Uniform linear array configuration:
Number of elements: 16
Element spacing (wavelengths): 0.5
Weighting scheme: exponential
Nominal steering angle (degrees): -45
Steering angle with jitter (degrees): -45.519
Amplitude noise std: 0.05
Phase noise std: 0.05

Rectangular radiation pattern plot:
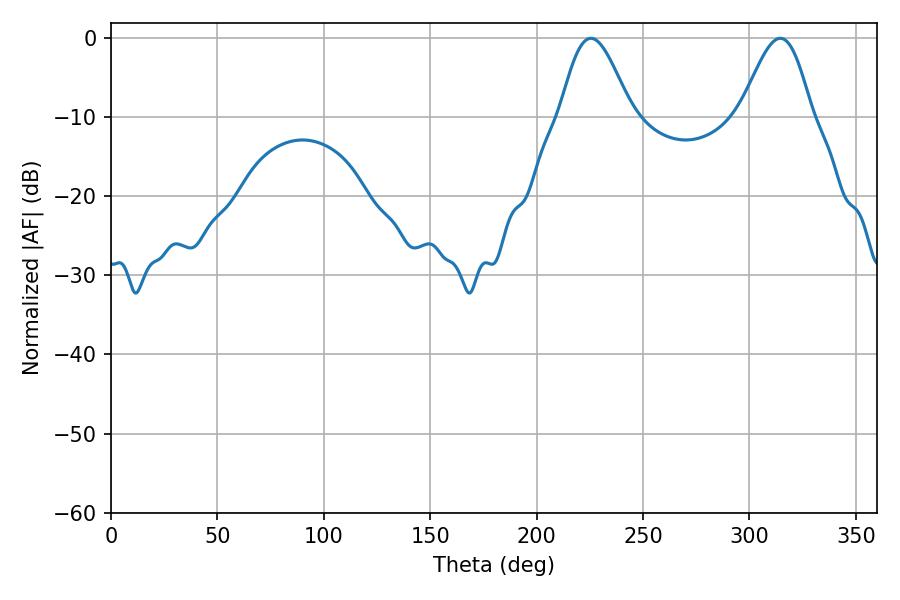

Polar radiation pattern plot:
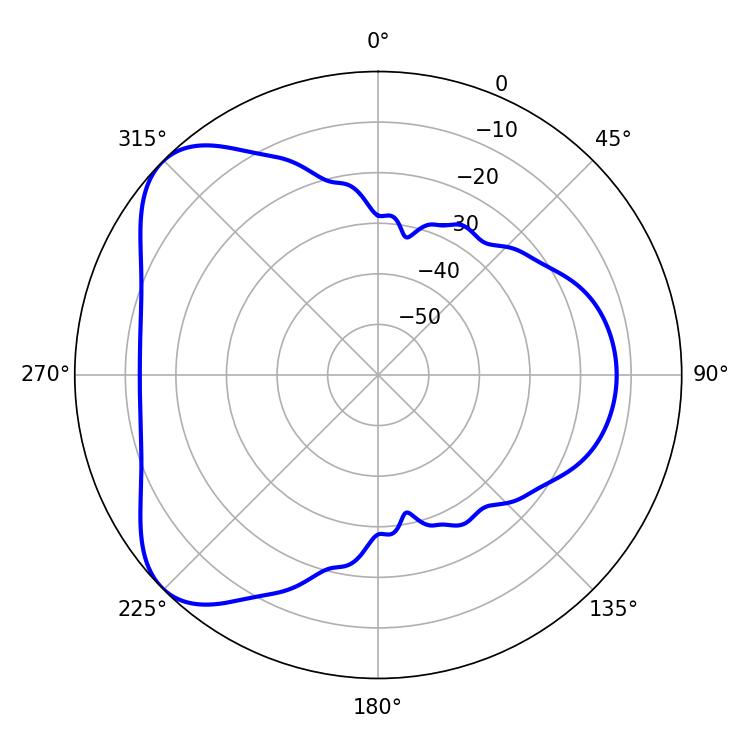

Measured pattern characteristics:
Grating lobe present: FALSE
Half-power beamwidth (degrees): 17.82
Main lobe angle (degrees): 314.46